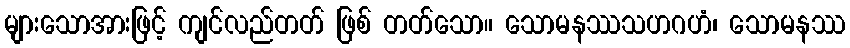
များသောအားဖြင့် ကျင်လည်တတ် ဖြစ် တတ်သော။ သောမနဿသဟဂဟံ၊ သောမနဿ